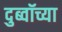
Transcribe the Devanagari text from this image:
दुब्वॉच्या